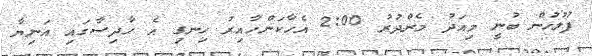
ފުލުހުން ބުނީ މިއަދު މެންދުރު 2:00 އެހާކަންހާއިރު ހިނގި އެ ހާދިސާގައި އަނިޔާ